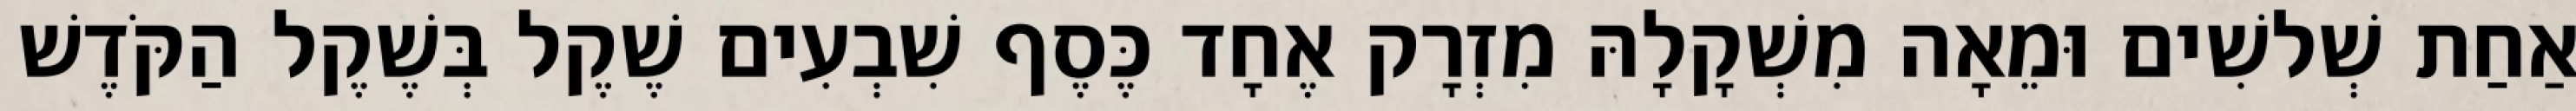
אַחַת שְׁלשִׁים וּמֵאָה מִשְׁקָלָהּ מִזְרָק אֶחָד כֶּסֶף שִׁבְעִים שֶׁקֶל בְּשֶׁקֶל הַקֹּדֶשׁ